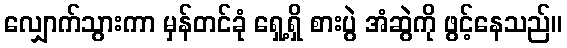
လျှောက်သွားကာ မှန်တင်ခုံ ရှေ့ရှိ စားပွဲ အံဆွဲကို ဖွင့်နေသည်။